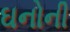
ઘનોની